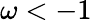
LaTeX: \omega<-1